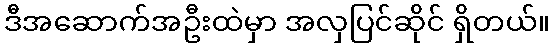
ဒီအဆောက်အဦးထဲမှာ အလှပြင်ဆိုင် ရှိတယ်။